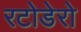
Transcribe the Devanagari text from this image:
रटोडेरो